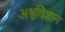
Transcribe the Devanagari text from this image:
अश्वविज्ञान